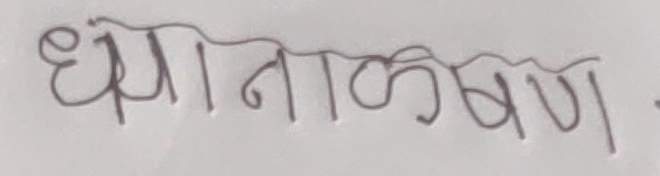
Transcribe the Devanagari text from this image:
ध्यानाकर्षण